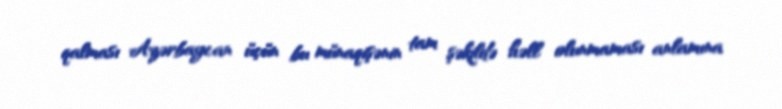
qalması Azərbaycan üçün bu münaqişənin tam şəkildə həll olunmaması anlamına